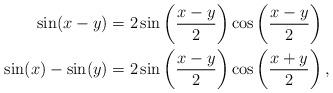
LaTeX: \begin{align*} \sin(x-y) & = 2\sin\left(\frac{x-y}{2}\right)\cos\left(\frac{x-y}{2}\right) \\\sin(x)-\sin(y) & = 2\sin\left(\frac{x-y}{2}\right)\cos\left(\frac{x+y}{2}\right),\end{align*}